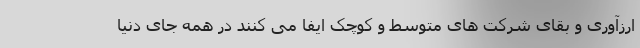
ارزآوری و بقای شرکت های متوسط و کوچک ایفا می کنند در همه جای دنیا